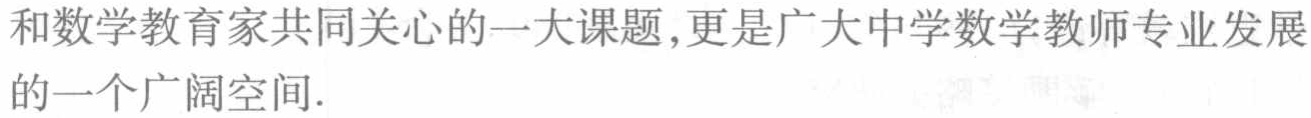
和数学教育家共同关心的一大课题,更是广大中学数学教师专业发展的一个广阔空间.